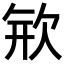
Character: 𣢴